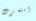
استمرت